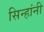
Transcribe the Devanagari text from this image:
सिन्हांनी